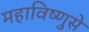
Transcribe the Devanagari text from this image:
महाविष्णुसे